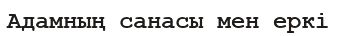
Адамның санасы мен еркі